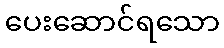
ပေးဆောင်ရသော